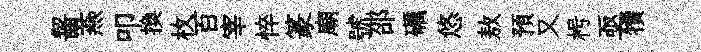
齧燕叩換枚百宰悴篆廟號邵礪悠敖預又枵亟犢